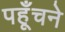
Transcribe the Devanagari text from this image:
पहूँचने